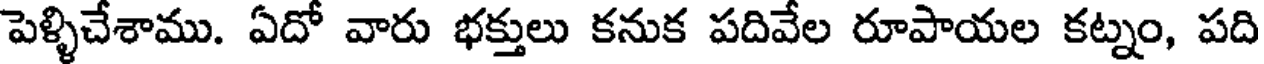
పెళ్ళిచేశాము. ఏదో వారు భక్తులు కనుక పదివేల రూపాయల కట్నం, పది